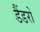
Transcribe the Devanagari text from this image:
डैंडरों